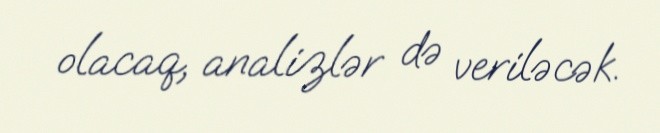
olacaq, analizlər də veriləcək.